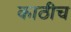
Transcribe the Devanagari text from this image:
काठीच